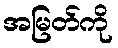
အမြတ်ကို